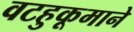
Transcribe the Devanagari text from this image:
वटहुकूमाने